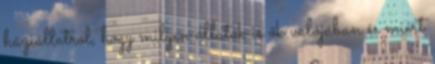
háziállatról, hogy milyen állatok is ők valójában és miért